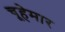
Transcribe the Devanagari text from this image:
चूहेमार